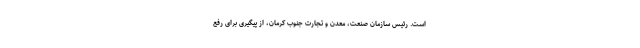
است. رئیس ‌سازمان صنعت، معدن و تجارت جنوب کرمان، از پیگیری برای رفع